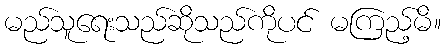
မည်သူရေးသည်ဆိုသည်ကိုပင် မကြည့်မိ။